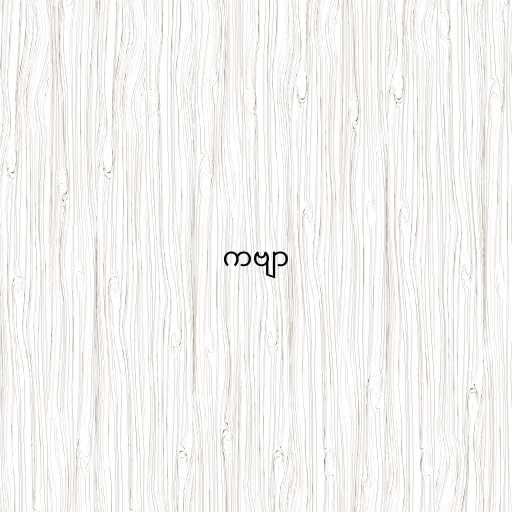
ကဗျာ